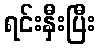
ရင်းနှီးပြီး